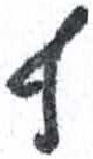
אות: ף